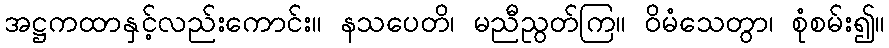
အဋ္ဌကထာနှင့်လည်းကောင်း။ နသပေတိ၊ မညီညွတ်ကြ။ ဝိမံသေတွာ၊ စုံစမ်း၍။